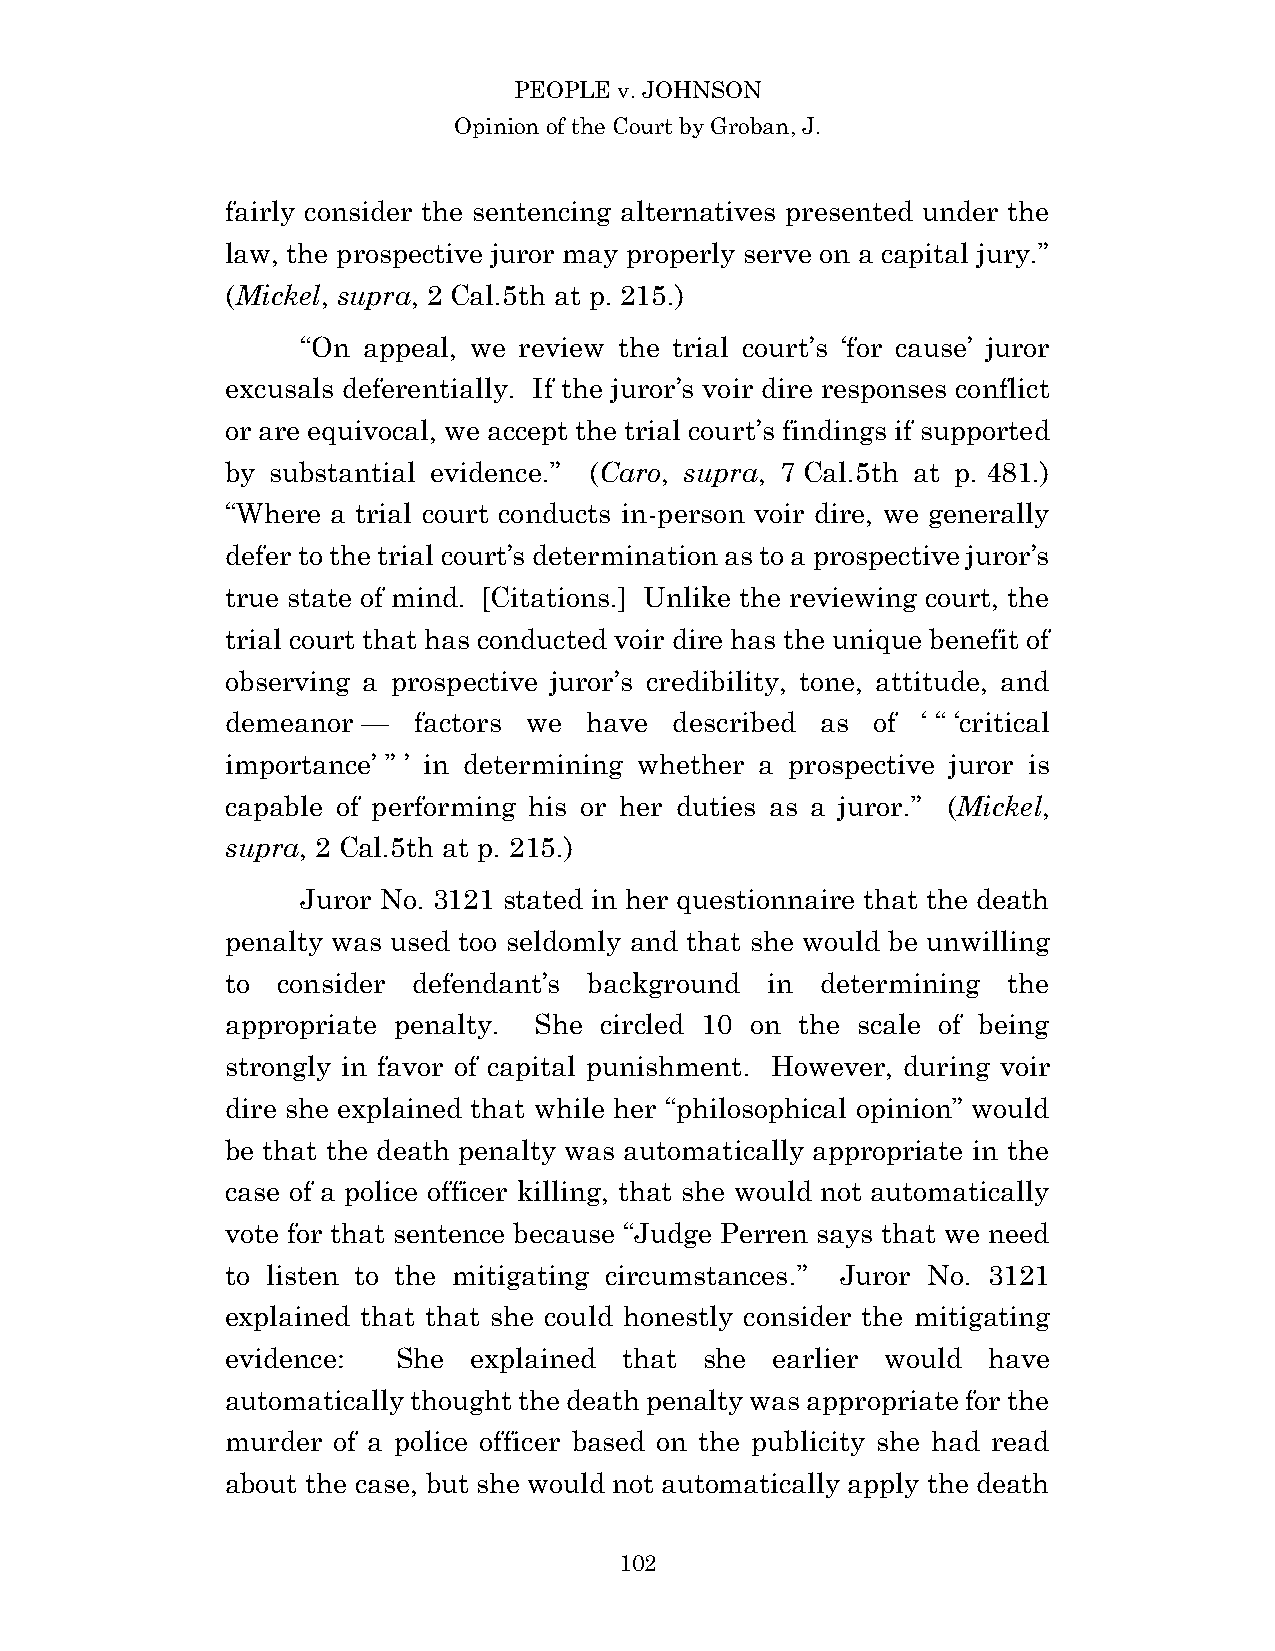
PEOPLE v. JOHNSON
 Opinion of the Court by Groban, J.
 fairly consider the sentencing alternatives presented under the
 law, the prospective juror may properly serve on a capital jury.”
 (Mickel, supra, 2 Cal.5th at p. 215.)
 “On appeal, we review the trial court’s ‘for cause’ juror
 excusals deferentially. If the juror’s voir dire responses conflict
 or are equivocal, we accept the trial court’s findings if supported
 by substantial evidence.” (Caro, supra, 7 Cal.5th at p. 481.)
 “Where a trial court conducts in-person voir dire, we generally
 defer to the trial court’s determination as to a prospective juror’s
 true state of mind. [Citations.] Unlike the reviewing court, the
 trial court that has conducted voir dire has the unique benefit of
 observing a prospective juror’s credibility, tone, attitude, and
 demeanor —  factors we  have  described as of ‘ “ ‘critical
 importance’ ” ’ in determining whether a prospective juror is
 capable of performing his or her duties as a juror.” (Mickel,
 supra, 2 Cal.5th at p. 215.)
 Juror No. 3121 stated in her questionnaire that the death
 penalty was used too seldomly and that she would be unwilling
 to consider defendant’s background  in determining  the
 appropriate penalty. She circled 10 on the scale of being
 strongly in favor of capital punishment. However, during voir
 dire she explained that while her “philosophical opinion” would
 be that the death penalty was automatically appropriate in the
 case of a police officer killing, that she would not automatically
 vote for that sentence because “Judge Perren says that we need
 to listen to the mitigating circumstances.” Juror No. 3121
 explained that that she could honestly consider the mitigating
 evidence:  She  explained that  she earlier would have
 automatically thought the death penalty was appropriate for the
 murder of a police officer based on the publicity she had read
 about the case, but she would not automatically apply the death
 10 2